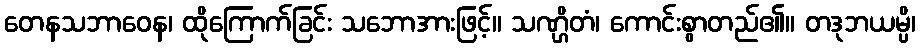
တေနသဘာဝေန၊ ထိုကြောက်ခြင်း သဘောအားဖြင့်။ သဏ္ဌိတံ၊ ကောင်းစွာတည်၏။ တဒုဘယမ္ပိ၊